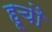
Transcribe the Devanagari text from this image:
हूचौ